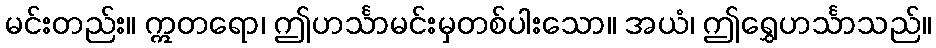
မင်းတည်း။ ဣတရော၊ ဤဟင်္သာမင်းမှတစ်ပါးသော။ အယံ၊ ဤရွှေဟင်္သာသည်။